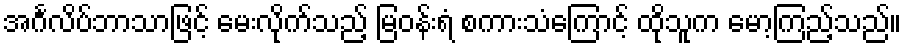
အင်္ဂလိပ်ဘာသာဖြင့် မေးလိုက်သည့် မြဝန်းရံ စကားသံကြောင့် ထိုသူက မော့ကြည့်သည်။